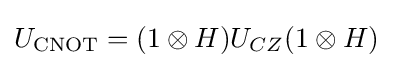
U_{\mathrm {CNOT} }=(1\otimes H)U_{CZ}(1\otimes H)